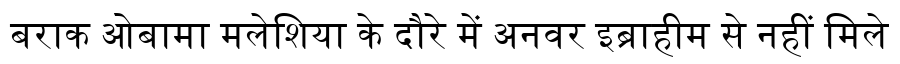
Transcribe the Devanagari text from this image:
बराक ओबामा मलेशिया के दौरे में अनवर इब्राहीम से नहीं मिले